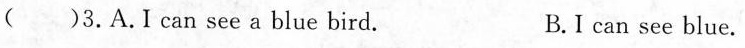
( )3.A.I can see a blue bird. B.I can see blue.